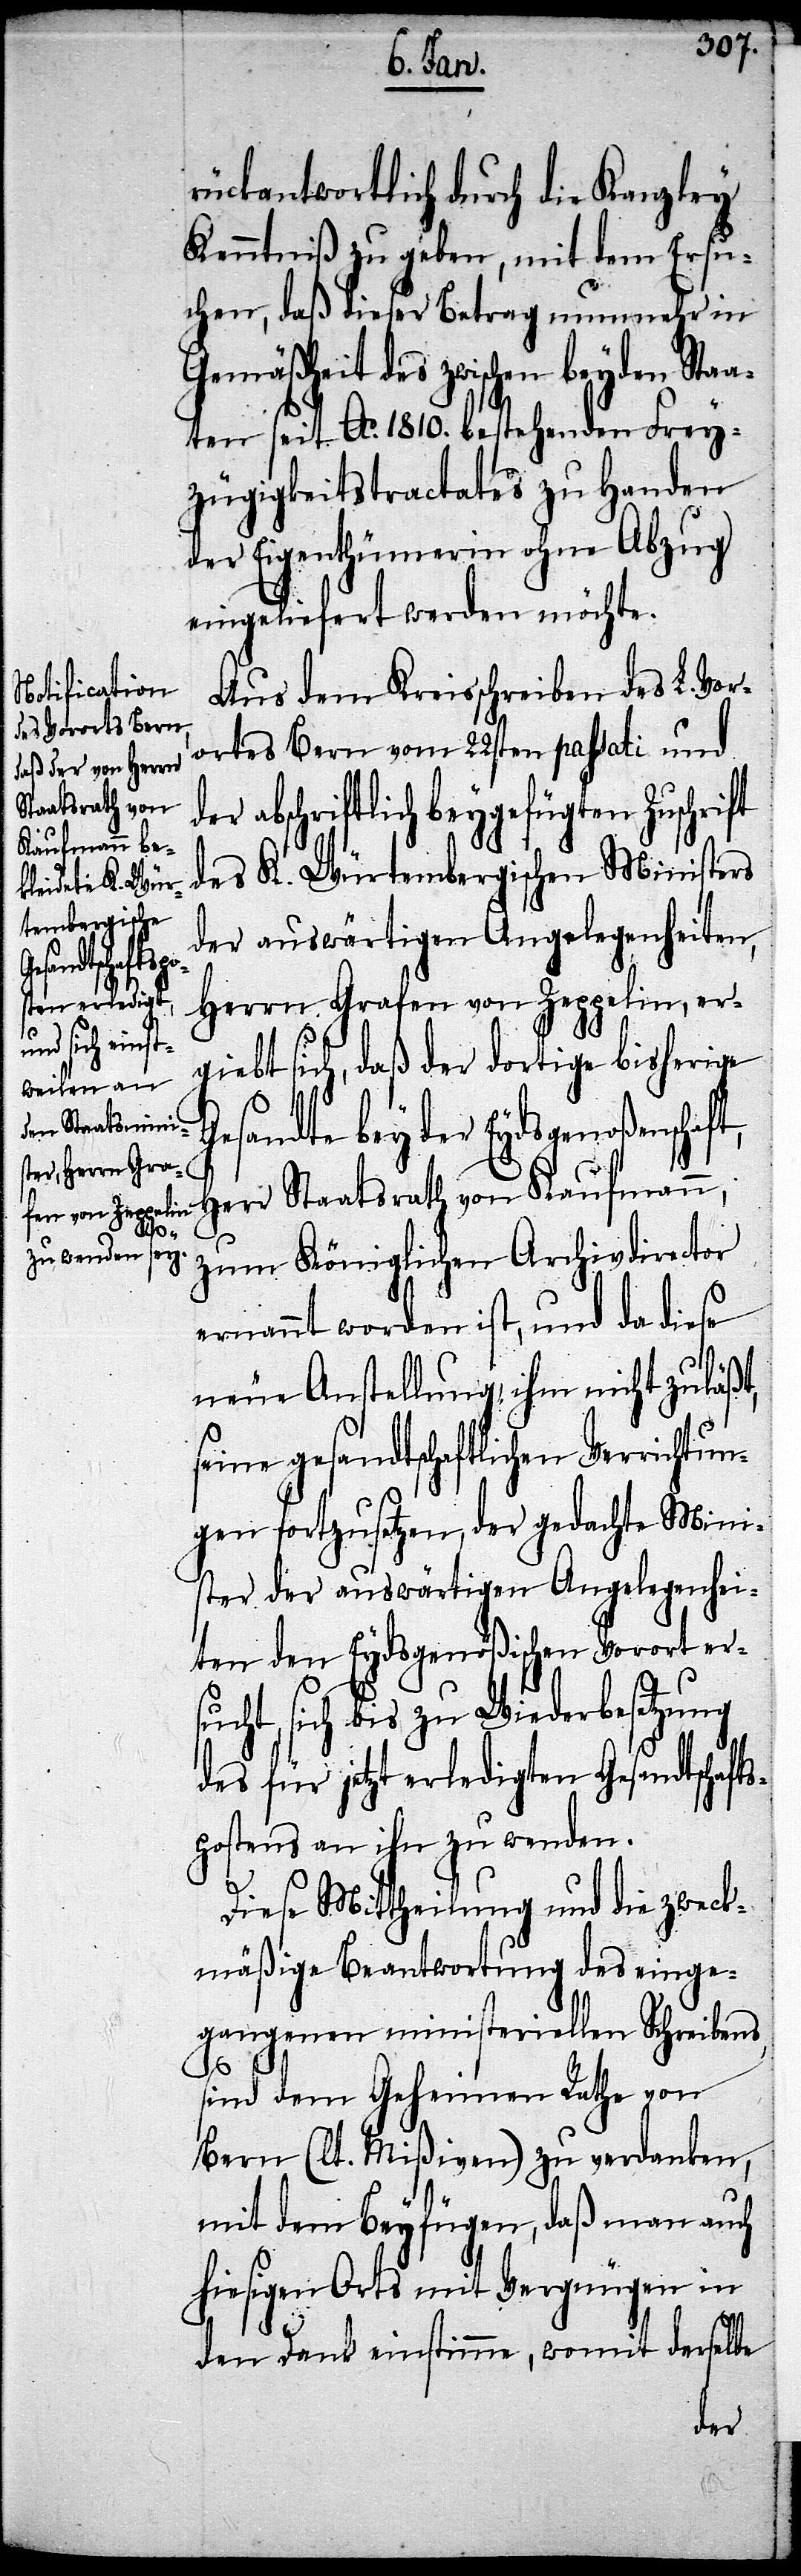
nschaft,
Ge¬

rückantwortlich durch die Kanzley
Kenntniß zu geben, mit dem Ersu¬
chen, daß dieser Betrag nunmehr in
Gemäßheit des zwischen beyden Staa¬
ten seit Ao. 1810. bestehenden Frey¬
zügigkeitstractates zu Handen
der Eigenthümerin ohne Abzug
eingeliefert werden möchte.
Aus dem Kreisschreiben des L. Vor¬
ortes Bern vom 22sten passati und
abschriftlich beygefügten Zuschrift
des K. Würtembergischen Ministers
der auswärtigen Angelegenheiten,
Herrn Grafen von Zeppelin, er¬
giebt sich, daß der dortige bisherige
sandte bey der Eydsgenoße¬
Herr Staatsrath von Kaufmann,
zum Königlichen Archivdirector
ernannt worden ist, und da diese
neue Anstellung ihm nicht zuläßt,
seine gesandtschaftlichen Verrichtun¬
gen fortzusetzen, der gedachte Mini¬
ster der auswärtigen Angelegenhei¬
ten den Eydsgenößischen Vorort ersu¬
cht, sich bis zu Wiederbesetzung
des für jetzt erledigten Gesandtschaft¬
spostens an ihn zu wenden.
Diese Mittheilung und die zweck¬
mäßige Beantwortung des einge¬
gangenen ministeriellen Schreibens,
sind dem Geheimen Rathe von
Bern (lt. Mißiven) zu verdanken,
mit dem Beyfügen, daß man auch
hiesigen Orts mit Vergnügen in
den Dank einstimme, womit derselbe
der